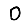
Digit: 0